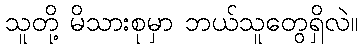
သူတို့ မိသားစုမှာ ဘယ်သူတွေရှိလဲ။